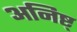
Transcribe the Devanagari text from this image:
अनिष्ट्